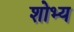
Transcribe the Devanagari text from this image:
शोभ्य